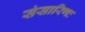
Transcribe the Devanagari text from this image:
संसारिणः